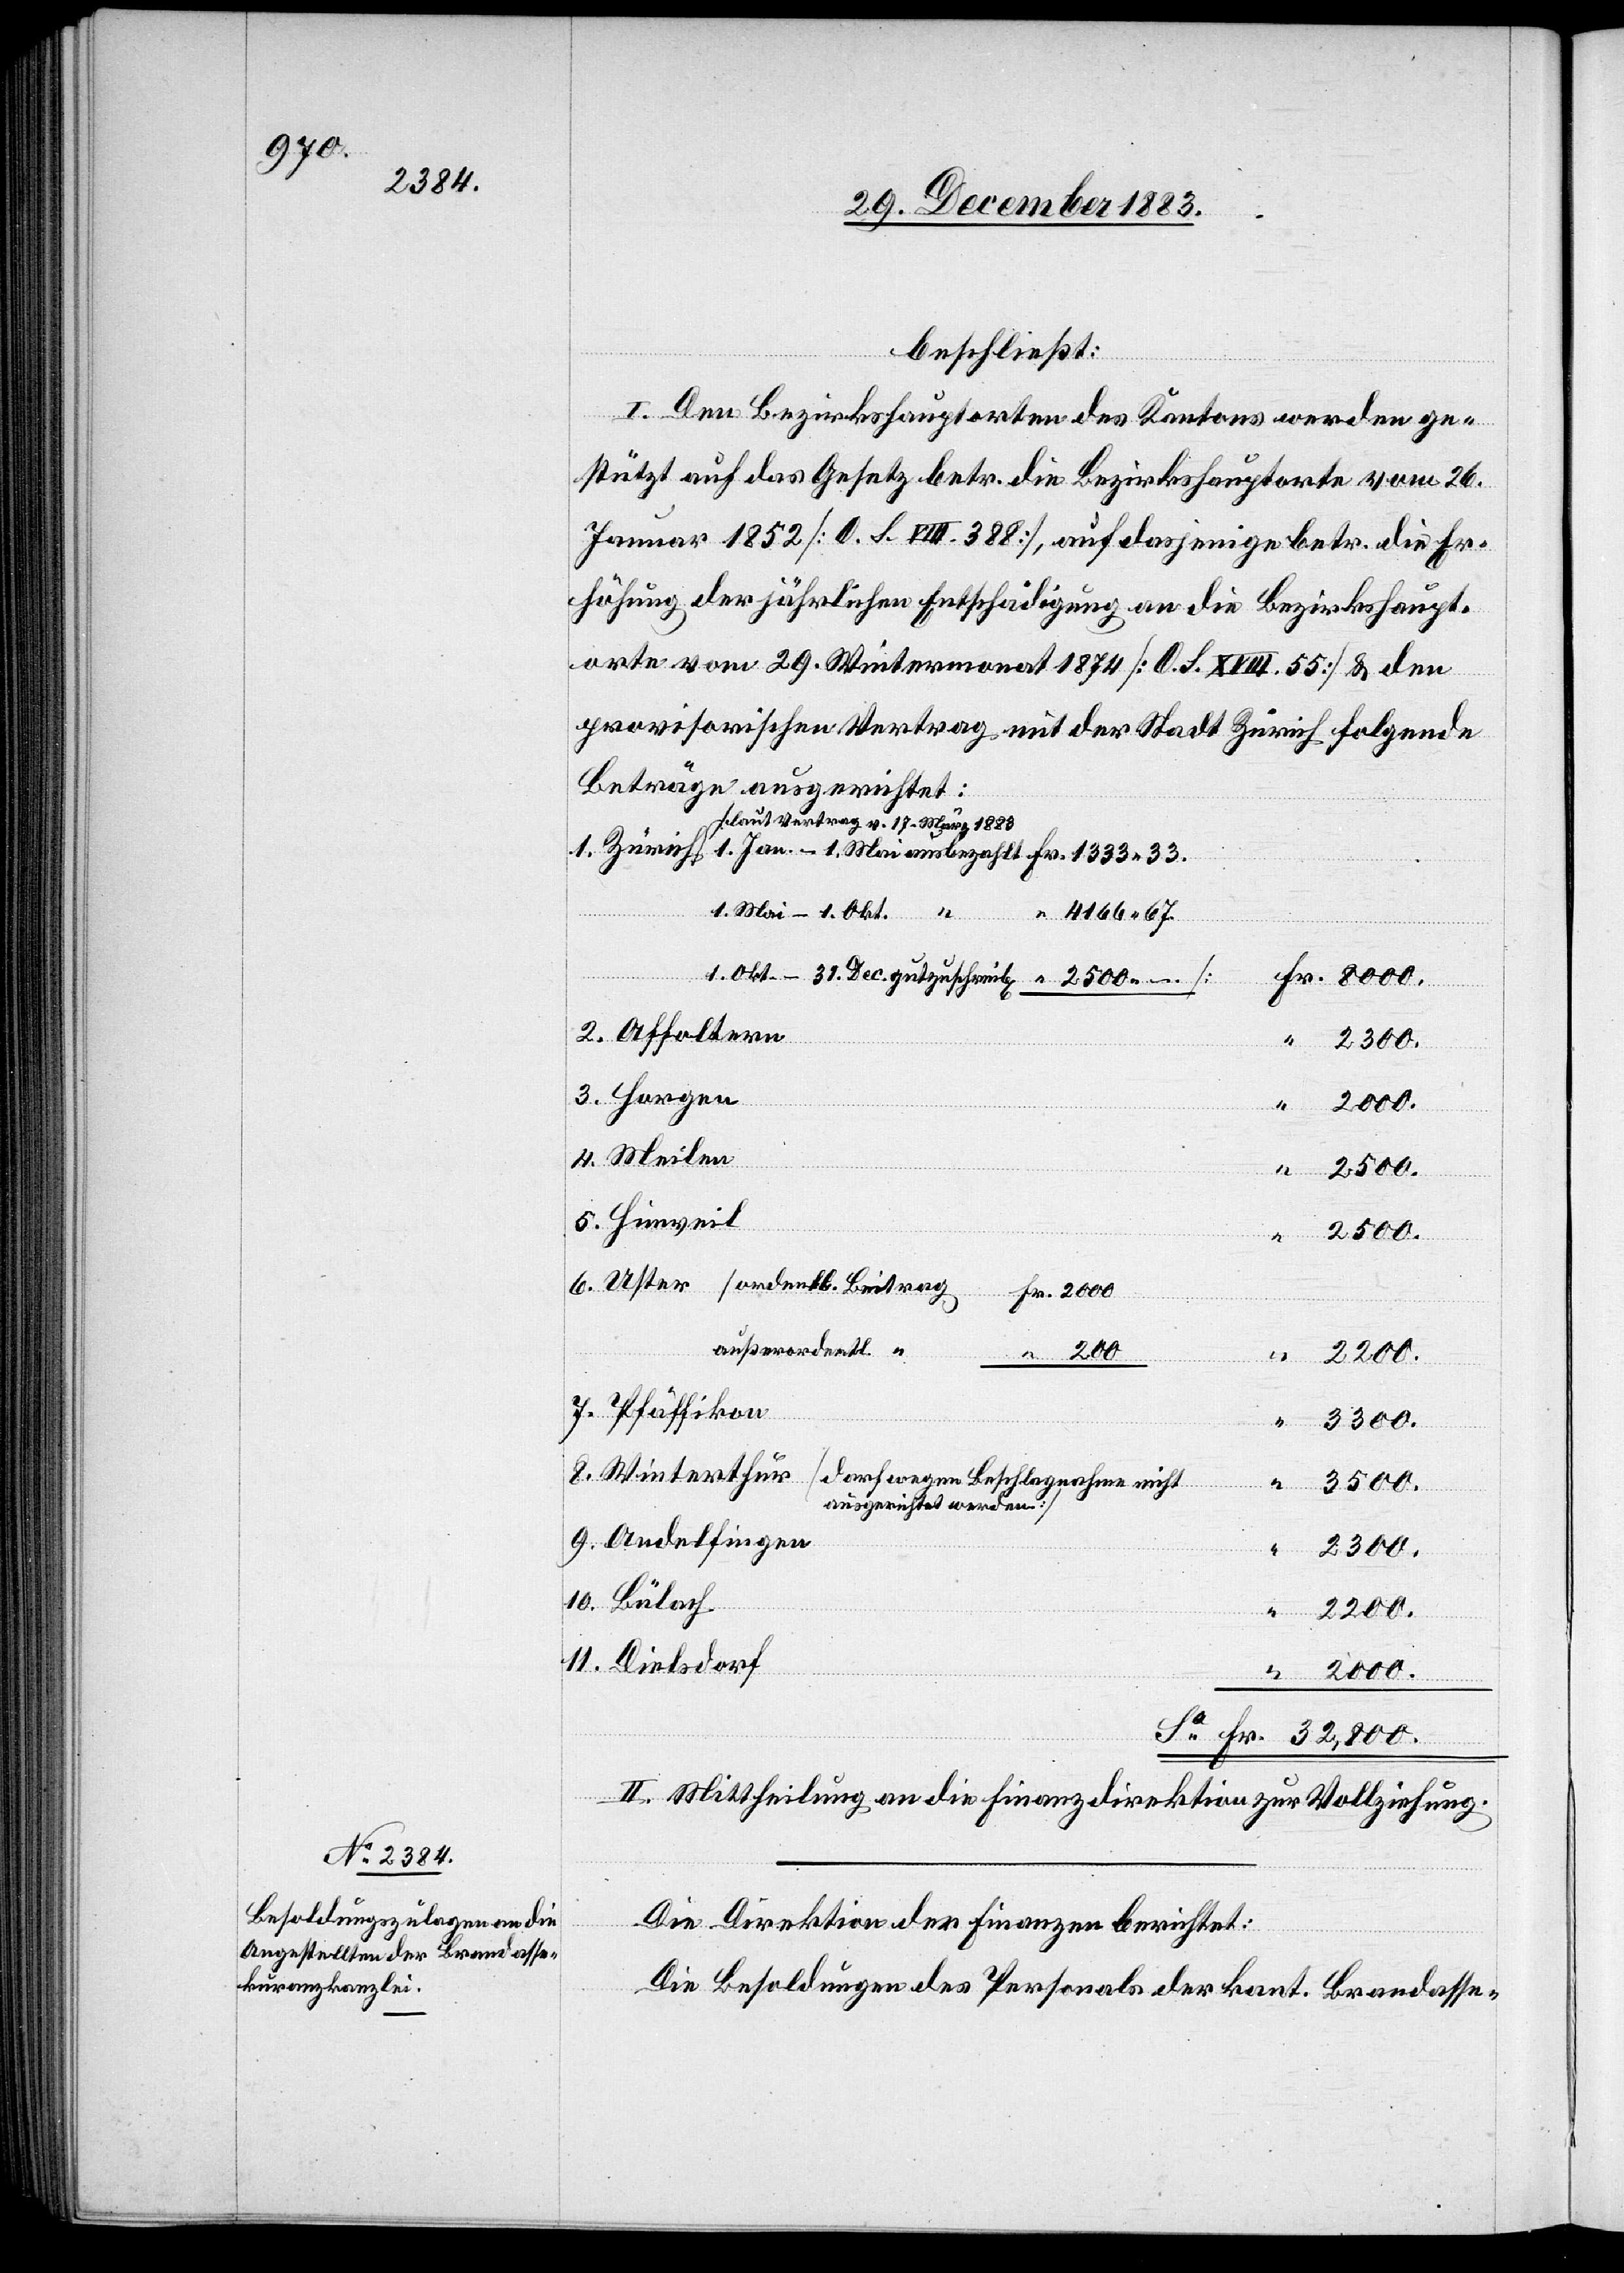
beschließt:
I. Den Bezirkshauptorten des Kantons werden ge¬
stützt auf das Gesetz betr. die Bezirkshauptorte vom 26.
Januar 1852 [A. S.VIII. 388], auf dasjenige betr. die Er¬
höhung der jährlichen Entschädigung an die Bezirkshaupt¬
orte von 29. Wintermonat 1874 [A. S. VIII. 55] & den
provisorischen Vertrag mit der Stadt Zürich folgende
Beträge ausgerichtet:
[laut Vertrag v. 17. März 1883]
1. Mai–1. Okt. “
4166 67.
Uster
Fr.
“
2500.
200
“
außerordentl¬
2200.
11.
Pfäffikon
3300.
32,800.
Dielsdorf
ausgerichtet werden]
6.
2000.
4.
II. Mittheilung an die Finanzdirektion zur Vollziehung.
Die Direktion der Finanzen berichtet:
Die Besoldungen des Personals der kant. Brandasse-